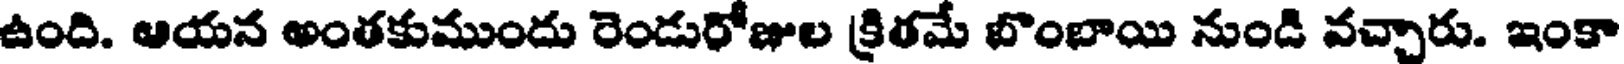
ఉంది. ఆయన అంతకుముందు రెండురోజుల క్రితమే బొంబాయి నుండి వచ్చారు. ఇంకా